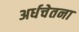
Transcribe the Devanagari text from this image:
अर्धचेतना